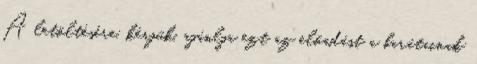
A letöltésére, kérjük, ajánlja ezt az előadást a barátainak